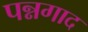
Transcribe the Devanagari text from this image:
पन्नगाद